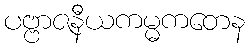
ပဗ္ဗာဇနီယကမ္မကတေန